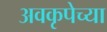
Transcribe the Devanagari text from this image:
अवकृपेच्या